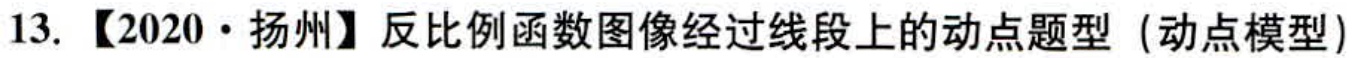
13. 【2020·扬州】反比例函数图像经过线段上的动点题型（动点模型）